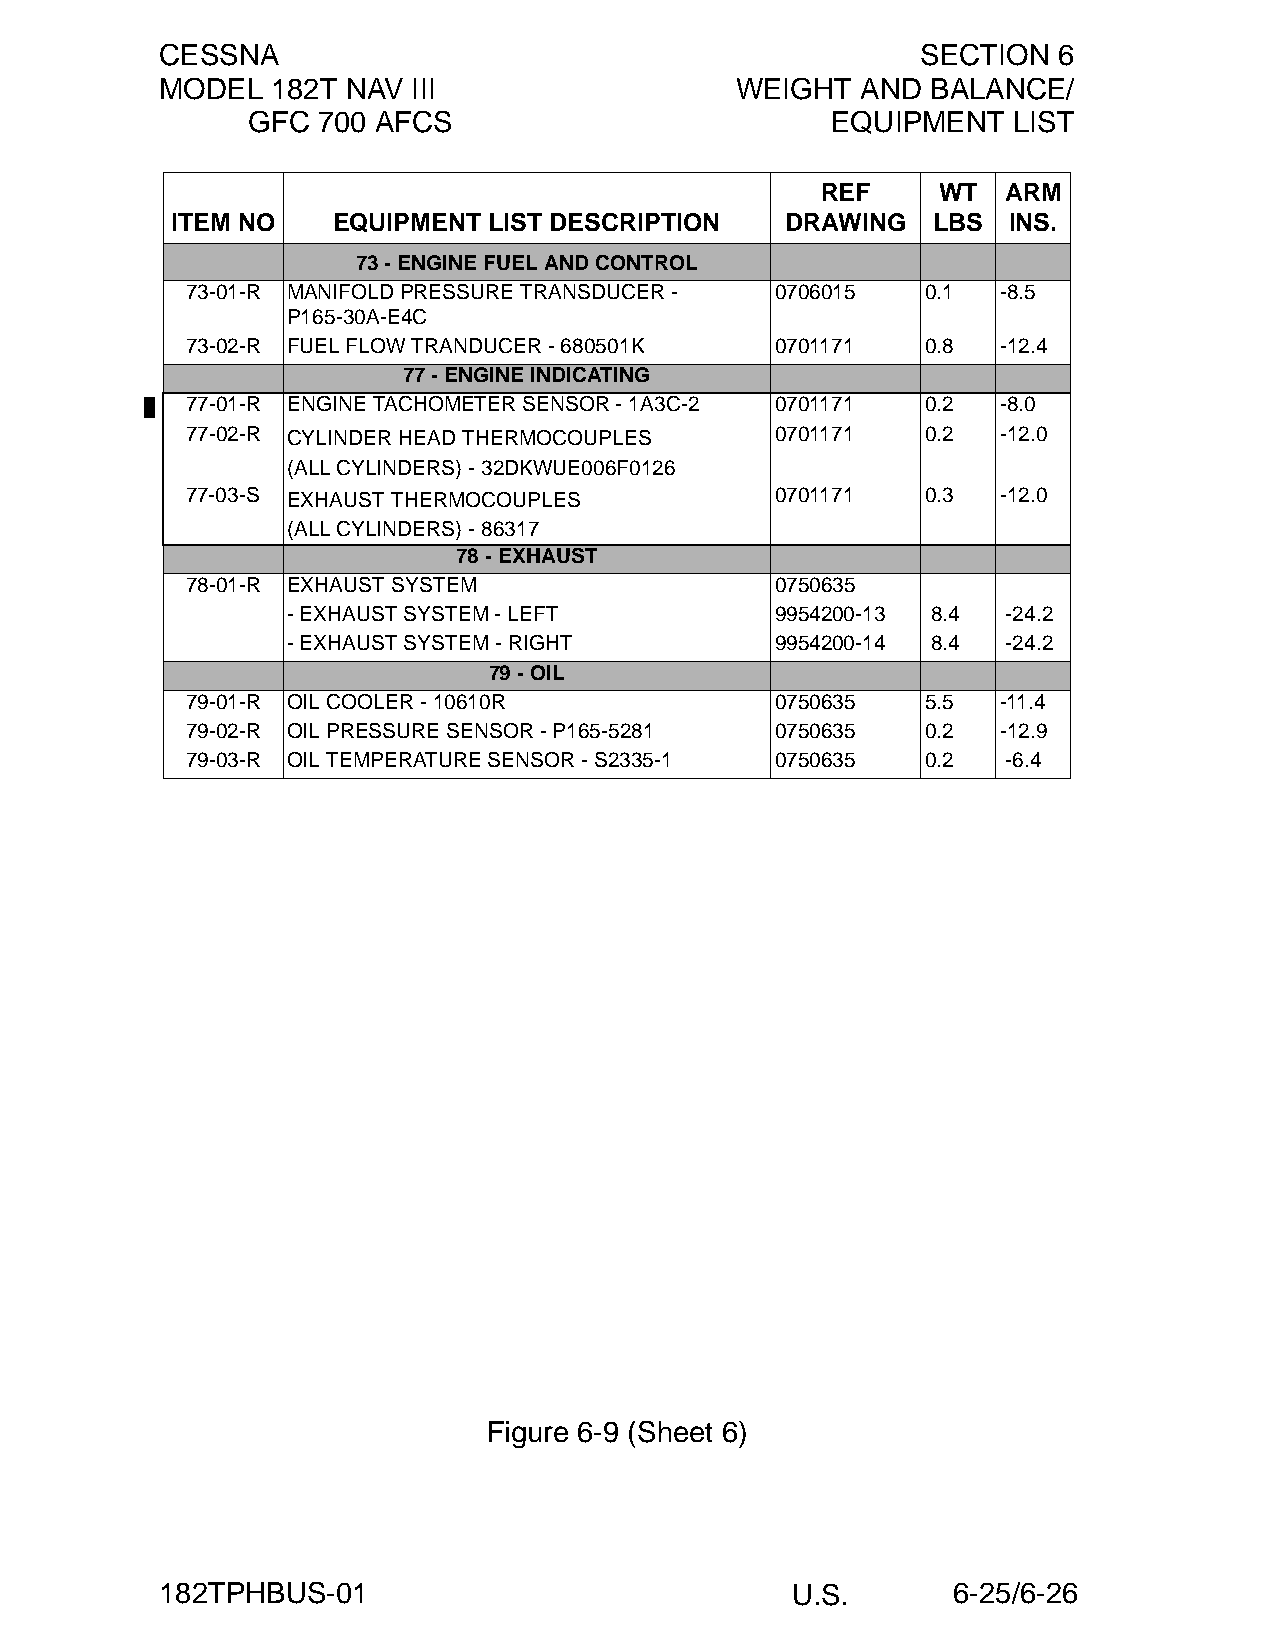
CESSNA                                            SECTION  6
 MODEL  182T NAV III                   WEIGHT  AND  BALANCE/
 GFC  700 AFCS                          EQUIPMENT   LIST
 REF     WT   ARM
 ITEM NO    EQUIPMENT LIST DESCRIPTION    DRAWING   LBS  INS.
 73 - ENGINE FUEL AND CONTROL
 73-01-R MANIFOLD PRESSURE TRANSDUCER - 0706015   0.1  -8.5
 P165-30A-E4C
 73-02-R FUEL FLOW TRANDUCER - 680501K  0701171   0.8  -12.4
 77 - ENGINE INDICATING
 77-01-R ENGINE TACHOMETER SENSOR - 1A3C-2 0701171 0.2 -8.0
 77-02-R CYLINDER HEAD THERMOCOUPLES    0701171   0.2  -12.0
 (ALL CYLINDERS) - 32DKWUE006F0126
 77-03-S EXHAUST THERMOCOUPLES          0701171   0.3  -12.0
 (ALL CYLINDERS) - 86317
 78 - EXHAUST
 78-01-R EXHAUST SYSTEM                 0750635
 - EXHAUST SYSTEM - LEFT         9954200-13 8.4  -24.2
 - EXHAUST SYSTEM - RIGHT        9954200-14 8.4  -24.2
 79 - OIL
 79-01-R OIL COOLER - 10610R            0750635   5.5  -11.4
 79-02-R OIL PRESSURE SENSOR - P165-5281 0750635  0.2  -12.9
 79-03-R OIL TEMPERATURE SENSOR - S2335-1 0750635 0.2   -6.4
 Figure 6-9 (Sheet 6)
 182TPHBUS-01                             U.S.       6-25/6-26